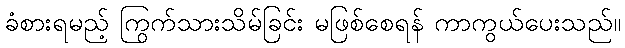
ခံစားရမည့် ကြွက်သားသိမ်ခြင်း မဖြစ်စေရန် ကာကွယ်ပေးသည်။